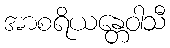
အာစရိယန္တေဝါသီ